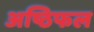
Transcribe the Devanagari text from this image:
अष्ठिफल